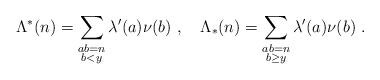
LaTeX: \begin{align*}\Lambda^*(n) = \sum_{\substack{ab=n\\b<y}}\lambda'(a)\nu(b)\ , \quad\Lambda_*(n) = \sum_{\substack{ab=n\\b\ge y}}\lambda'(a)\nu(b) \ . \end{align*}